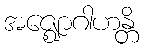
အဇ္ဈောဂါဟန္တိ